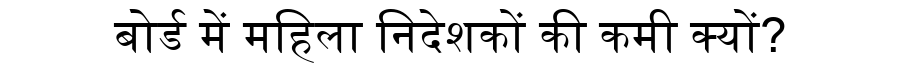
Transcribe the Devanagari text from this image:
बोर्ड में महिला निदेशकों की कमी क्यों?